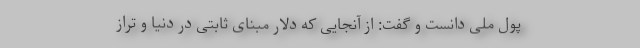
پول ملی دانست و گفت: از آنجایی که دلار مبنای ثابتی در دنیا و تراز